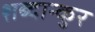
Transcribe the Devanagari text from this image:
शब्दान्कुर